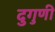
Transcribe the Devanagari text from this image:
दुगुणी